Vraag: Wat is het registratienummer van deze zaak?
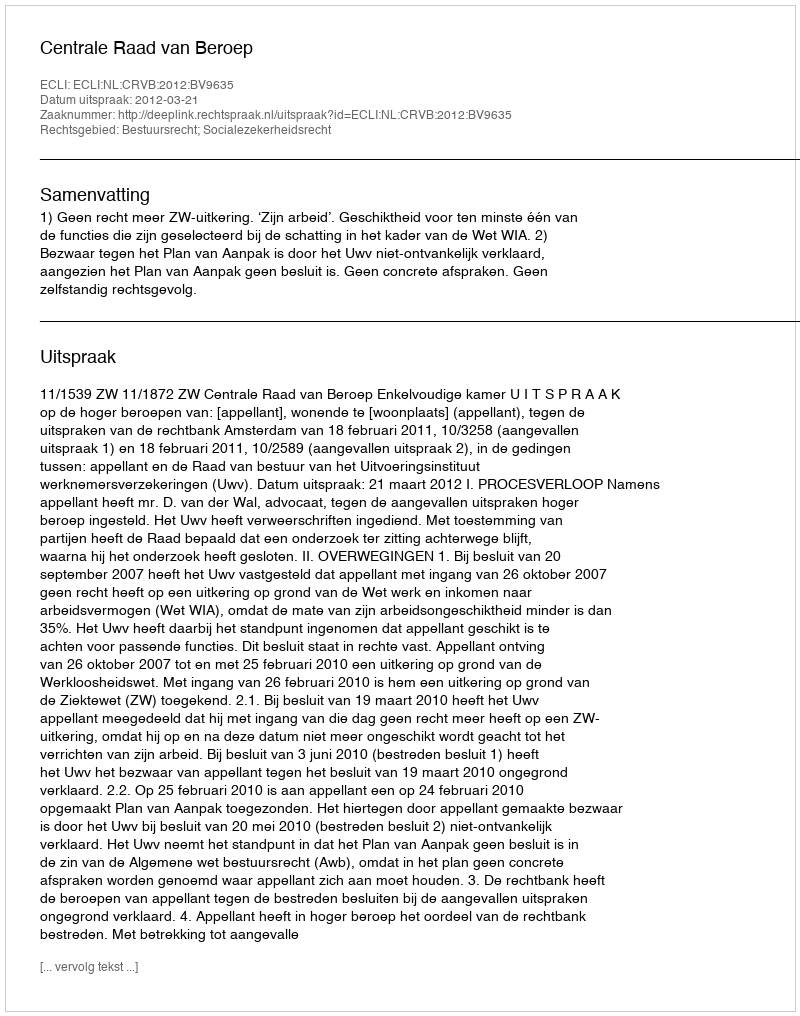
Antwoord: http://deeplink.rechtspraak.nl/uitspraak?id=ECLI:NL:CRVB:2012:BV9635